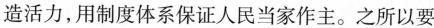
造活力，用制度体系保证人民当家作主。之所以要